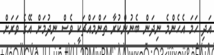
އަދި ހަމަ އެހެންމެ ނިދަން ބެނުންކުރާ ތަންމައްޗަކީ ވެސް ނިދުމަށް އޭގެ ވަރަށް